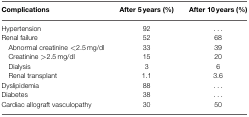
| Complications | After 5 years (%) | After 10 years (%) |
 | --- | --- | --- |
 | Hypertension | 92 | ... |
 | Renal failure | 52 | 68 |
 | Abnormal creatinine <2.5 mg/dl | 33 | 39 |
 | Creatinine >2.5 mg/dl | 15 | 20 |
 | Dialysis | 3 | 6 |
 | Renal transplant | 1.1 | 3.6 |
 | Dyslipidemia | 88 | ... |
 | Diabetes | 38 | ... |
 | Cardiac allograft vasculopathy | 30 | 50 |